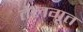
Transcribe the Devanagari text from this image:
तेलगूत